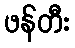
ဖန်တီး